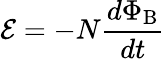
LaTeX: {\mathcal{E}}=-N{\frac{d\Phi_{\mathrm{B}}}{dt}}